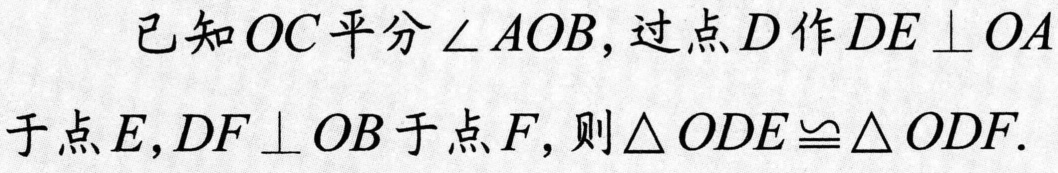
已知 \(OC\) 平分 \(\angle AOB\)，过点 \(D\) 作 \(DE\perp OA\) 于点 \(E\)，\(DF\perp OB\) 于点 \(F\)，则 \(\triangle ODE\cong\triangle ODF\).